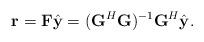
LaTeX: \begin{align*}\mathbf{r}=\mathbf{F}\hat{\mathbf{y}} = (\mathbf{G}^{H}\mathbf{G})^{-1}\mathbf{G}^{H} \hat{\mathbf{y}}.\end{align*}